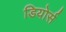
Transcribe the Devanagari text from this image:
डियोर्स